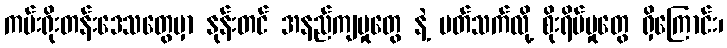
ကမ်းရိုးတန်းဒေသတွေမှာ နုန်းတင် အနည်ကျမှုတွေ နဲ့ ပတ်သက်လို့ စိုးရိမ်မှုတွေ ရှိကြောင်း၊